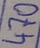
Text: 470